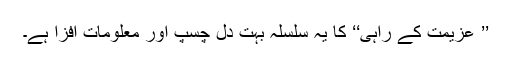
’’ عزیمت کے راہی‘‘ کا یہ سلسلہ بہت دل چسپ اور معلومات افزا ہے۔